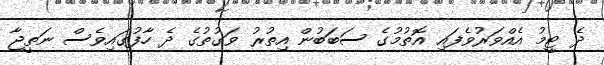
ދެ ޓީމު އެއްވަރުވެފައި އޮތުމުގެ ސަބަބުން އިތުރު ވަގުތުގެ ދެ ހާފުގައިވެސް ނަތީޖާ